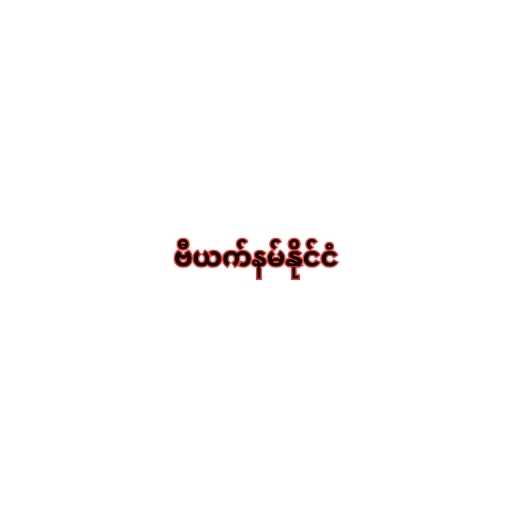
ဗီယက်နမ်နိုင်ငံ